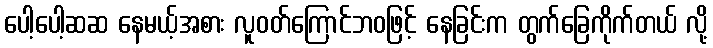
ပေါ့ပေါ့ဆဆ နေမယ့်အစား လူဝတ်ကြောင်ဘဝဖြင့် နေခြင်းက တွက်ခြေကိုက်တယ် လို့